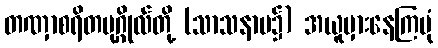
တဏှာစရိတပုဂ္ဂိုလ်တို့ (သာသနာပ၌) အယူမှားနေကြပုံ